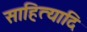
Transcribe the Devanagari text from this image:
साहित्यादि